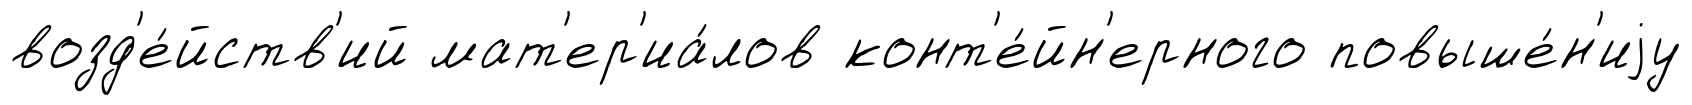
возд'е́йств'ий мат'ер'иа́лов конт'е́йн'ерного повыше́н'иjу